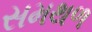
સમથળ